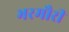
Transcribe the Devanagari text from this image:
भरमौरी